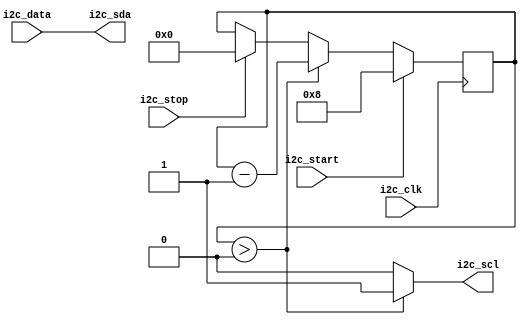
module I2C_Controller (
  input wire i2c_clk,
  input wire i2c_start,
  input wire i2c_stop,
  input wire i2c_data,
  output reg i2c_scl,
  output reg i2c_sda
);

reg [7:0] cnt;

// Timing control block
always @(posedge i2c_clk) begin
  if (i2c_start) begin
    cnt <= 8;
  end else if (cnt > 0) begin
    cnt <= cnt - 1;
  end else if (i2c_stop) begin
    cnt <= 0;
  end
end

// Synchronization block
always @(*) begin
  if (cnt > 0) begin
    i2c_scl <= 1;
    i2c_sda <= i2c_data;
  end else begin
    i2c_scl <= 0;
    i2c_sda <= i2c_data;
  end
end

endmodule